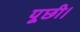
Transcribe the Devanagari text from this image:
पूछी।